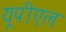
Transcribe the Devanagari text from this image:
यूपीएल